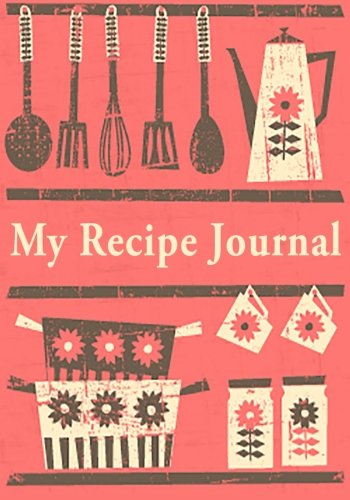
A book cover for My Recipe Journal: Blank Cookbook, 7 x 10, 111 Pages; My Recipe Journal; Cookbooks, Food & Wine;